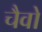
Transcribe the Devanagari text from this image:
चैवो